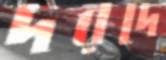
দরদে